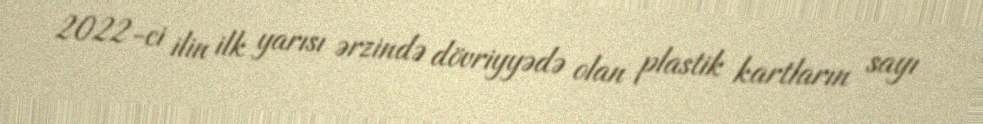
2022-ci ilin ilk yarısı ərzində dövriyyədə olan plastik kartların sayı